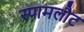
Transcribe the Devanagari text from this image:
स्पामलौट